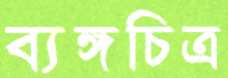
ব্যঙ্গচিত্র